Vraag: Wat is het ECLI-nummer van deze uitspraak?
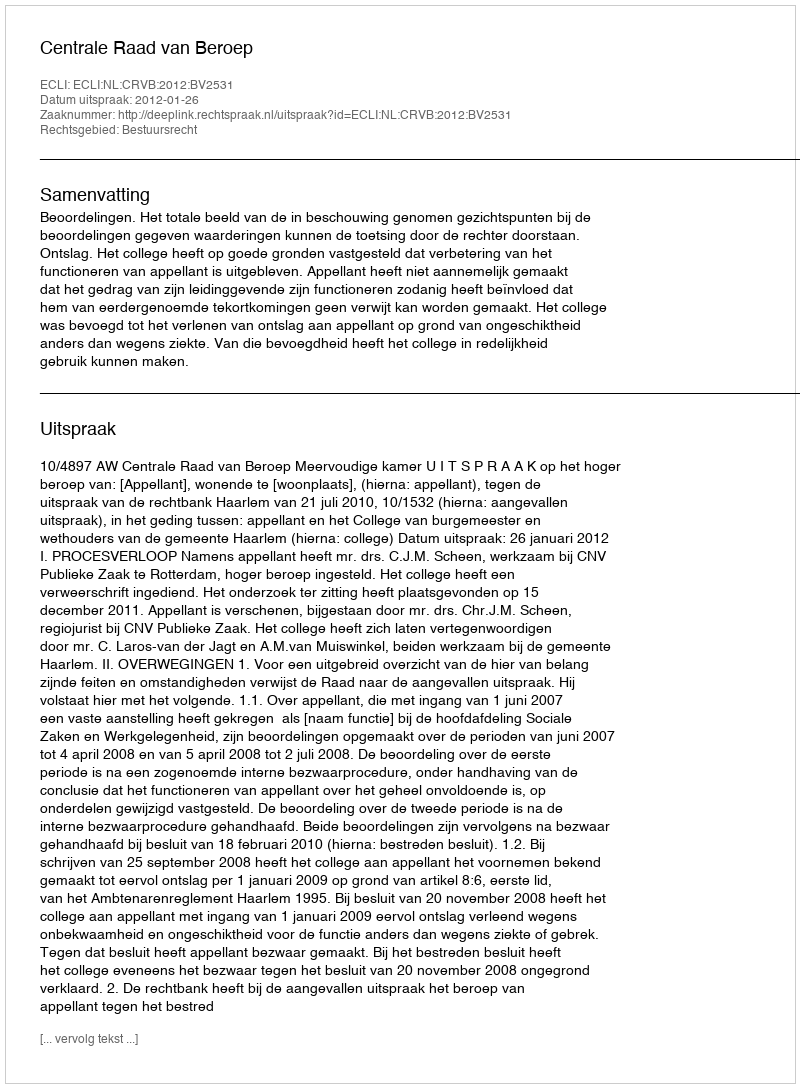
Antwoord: ECLI:NL:CRVB:2012:BV2531